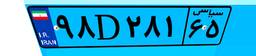
۹۸D۲۸۱۶۵